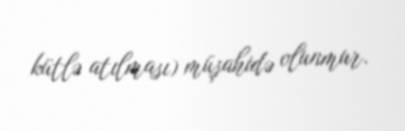
kütlə atılması) müşahidə olunmur.